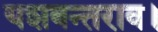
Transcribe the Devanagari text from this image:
यशवन्तराव।